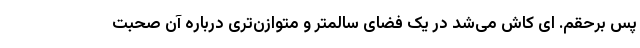
پس برحقم. ای کاش می‌شد در یک فضای سالمتر و متوازن‌تری درباره‌ آن صحبت